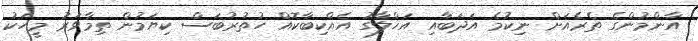
އާންމުންގެ ތެރެއަށް ނިކުމެ އަދަބާއި އަޚްލާގު އެއްކިބާކޮއް ހުތުރުބަސް ކިޔަމުން ތިމާވަރު މީހަކު